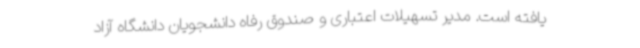
یافته است. مدیر تسهیلات اعتباری و صندوق رفاه دانشجویان دانشگاه آزاد